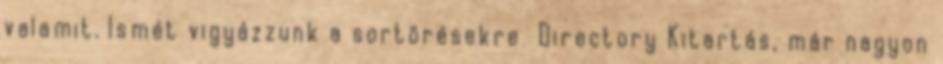
valamit. Ismét vigyázzunk a sortörésekre Directory Kitartás, már nagyon